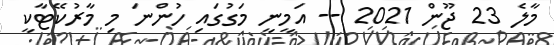
މާލެ 23 ޖޫން 2021 -- އަމީނީ މަގުގައި ހުންނަ މި މާރުކޭޓާކީ